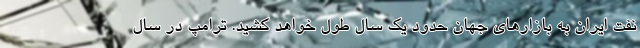
نفت ایران به بازارهای جهان حدود یک سال طول خواهد کشید. ترامپ در سال